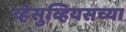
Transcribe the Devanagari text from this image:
व्हेसुव्हियसच्या